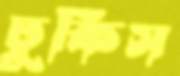
ঢুকিস